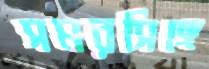
সমরসিঙ্গে